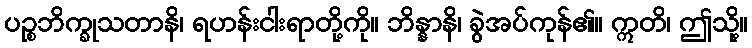
ပဉ္စဘိက္ခုသတာနိ၊ ရဟန်းငါးရာတို့ကို။ ဘိန္နာနိ၊ ခွဲအပ်ကုန်၏။ ဣတိ၊ ဤသို့။